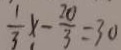
\frac { 1 } { 3 } x - \frac { 2 0 } { 3 } = 3 0